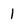
Character: 1